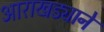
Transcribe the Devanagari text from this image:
आराखड्याने